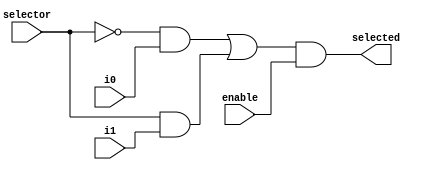
module two_one_mux(
    input enable,
    input i0,
    input i1,
    input selector,
    output selected
);
wire x1;
wire x2;wire x3;
and(x1,!selector,i0);
and(x2,selector,i1);
or(x3,x1,x2);
and(selected,x3,enable);
endmodule